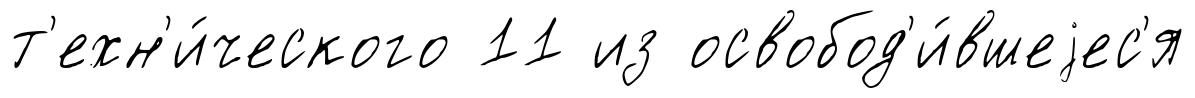
т'ехн'и́ческого 11 из освобод'и́вшеjес'я